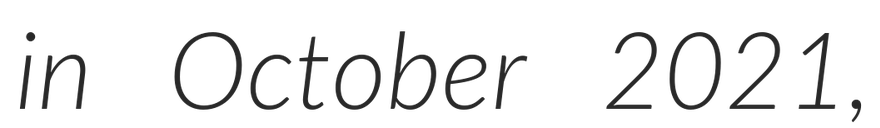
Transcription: in October 2021,